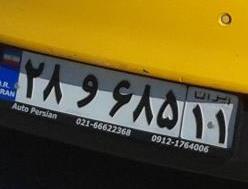
۲۸و۶۸۵۱۱